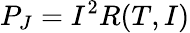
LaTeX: P_{J}=I^{2}R(T,I)